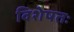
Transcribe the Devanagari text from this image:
विशेषतः